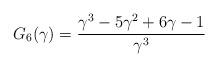
LaTeX: \begin{align*} G_6(\gamma)=\frac{\gamma^3-5\gamma^2+6\gamma-1}{\gamma^3}\end{align*}